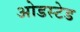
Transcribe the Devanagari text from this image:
ओडस्टेड